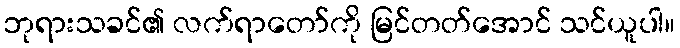
ဘုရားသခင်၏ လက်ရာတော်ကို မြင်တတ်အောင် သင်ယူပါ။